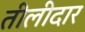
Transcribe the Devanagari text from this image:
तीलीदार